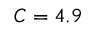
C = 4 . 9 \